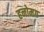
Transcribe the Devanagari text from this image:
हनोमग